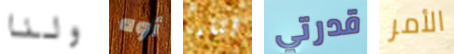
ولنا أوه بناء قدرتي الأمر